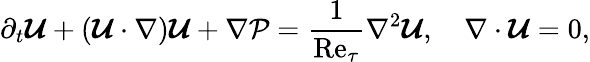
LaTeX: \partial_{t}\boldsymbol{\mathcal{U}}+(\boldsymbol{\mathcal{U}}\cdot\nabla)\boldsymbol{\mathcal{U}}+\nabla\mathcal{P}=\frac{1}{\mathrm{Re}_{\tau}}\nabla^{2}\boldsymbol{\mathcal{U}},\quad\nabla\cdot\boldsymbol{\mathcal{U}}=0,